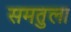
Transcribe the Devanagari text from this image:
समतुला